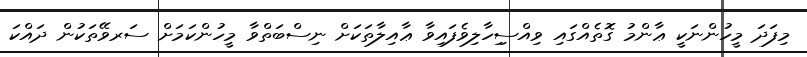
މިފަދަ މީހުންނަކީ ޢާންމު ގޮތެއްގައި ވިއްސިިހާލިވެފައިވާ ޢާއިލާތަކަށް ނިސްބަތްވާ މީހުންކަމަށް ސަރވޭތަކުން ދައްކަ